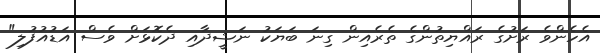
އެހެންވެ ރަށުގެ ރައްޔިތުންގެ ތެރެއިން ގިނަ ބަޔަކު ނަޝީދާއި ދެކޮޅަށް ވެސް އަޑުއުފުލި"